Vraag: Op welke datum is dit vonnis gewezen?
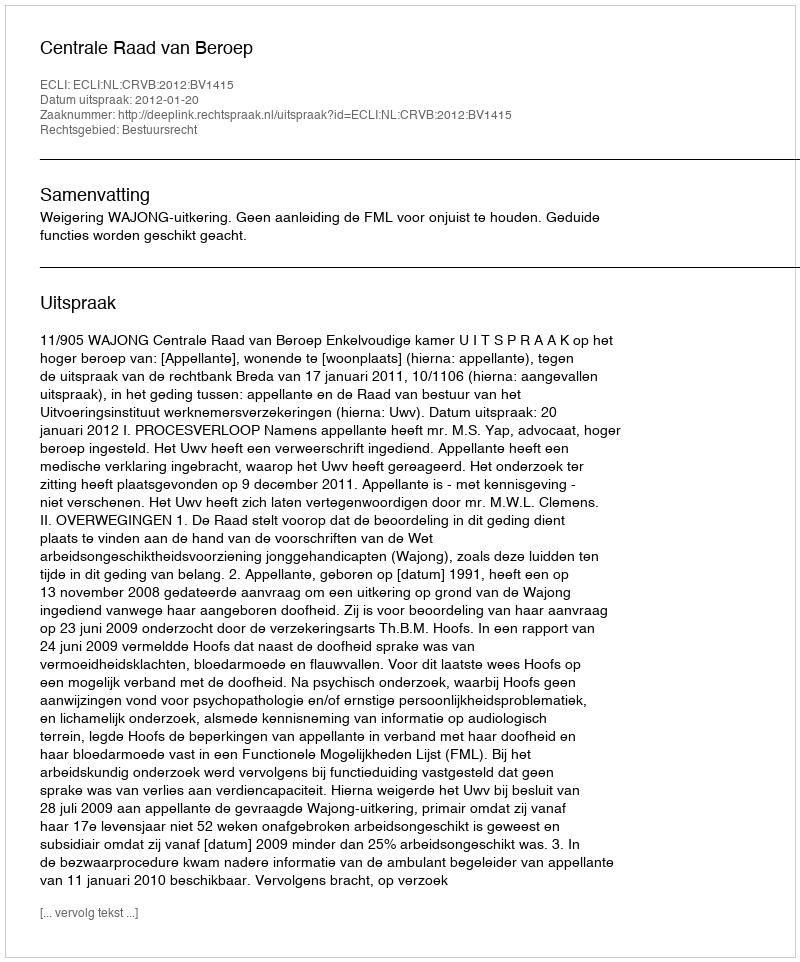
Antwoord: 2012-01-20